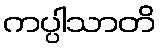
ကပ္ပါသာတိ